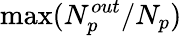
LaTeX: \operatorname*{max}(N_{p}^{out}/N_{p})